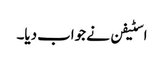
اسٹیفن نے جواب دیا۔